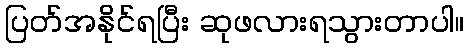
ပြတ်အနိုင်ရပြီး ဆုဖလားရသွားတာပါ။